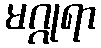
မဂ္ဂုရာ